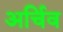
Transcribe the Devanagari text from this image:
अर्चिव